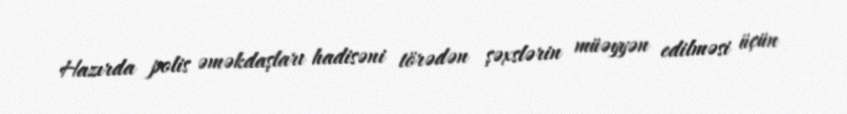
Hazırda polis əməkdaşları hadisəni törədən şəxslərin müəyyən edilməsi üçün